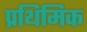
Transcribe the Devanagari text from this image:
प्रथिमिक